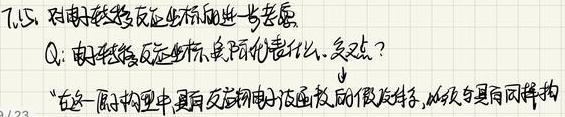
7.1.5 对电极反应坐标的一些考虑Q：电极反应坐标具体代表什么, 意义?“在这一简化模型中, 没有反应物电子重排的假设条件, 以及与具有同样构”